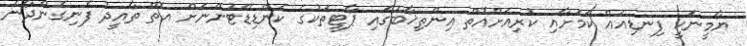
ޔާމީނަކީ ފިނޑިއެއް ކަމަށާއި ކުރިއަށްއޮތް އިންތިޚާބުގައި ޕާޓީތަކުގެ ކެންޑިޑޭޓުންނަށް އޮތް ތާއީދު ފެނިގެންދާނެ